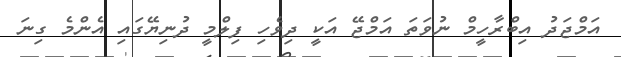
އަމްޖަދު އިބްރާހީމް ނުވަތަ އަމްޖޭ އަކީ ދިވެހި ފިލްމީ ދުނިޔޭގައި އެންމެ ގިނަ